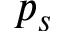
p _ { s }